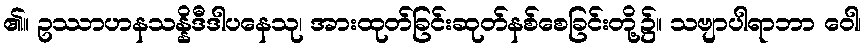
၏။ ဥဿာဟနသန္နိဒီဒါပနေသု၊ အားထုတ်ခြင်းဆုတ်နစ်စေခြင်းတို့၌။ သဗျာပါရာဘာ ဝေါ၊